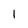
Character: I